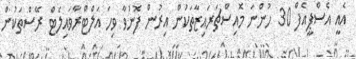
އެއީ އެސްޕީއެފް 30 ހުންނަ މޮއިސްޗަރައިޒާތަކުން އިރުން ފޮނުވާ ވިހަ އަލްޓްރާވައިލެޓް ރޭސްތަކުން